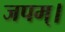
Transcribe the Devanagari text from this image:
जपम्‌।